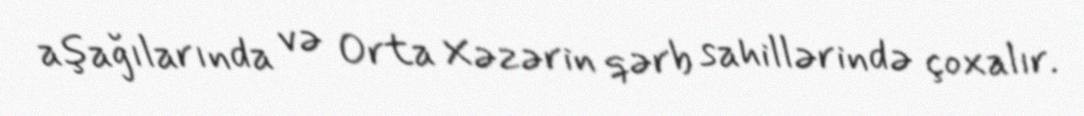
aşağılarında və Orta Xəzərin qərb sahillərində çoxalır.